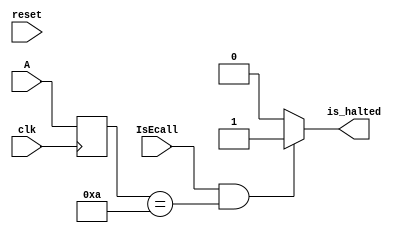
module is_Ecall_and_ten (
    input clk,
    input reset,
    input [31:0] A,  // input
    input IsEcall,
    output reg is_halted
  );
  reg [31:0] tempA;
  always @(*) begin
      if((IsEcall==1)&&(tempA==32'd10)) begin
          is_halted<=1;
      end
      else begin
          is_halted<=0;
      end
  end
  always @(posedge clk) begin
      tempA<=A;
  end
  
endmodule